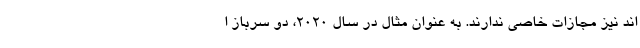
اند نیز مجازات خاصی ندارند. به عنوان مثال در سال 2020، دو سرباز ا